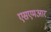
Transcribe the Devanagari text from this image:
एसएमआर